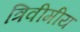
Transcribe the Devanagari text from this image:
त्रिवीमीय